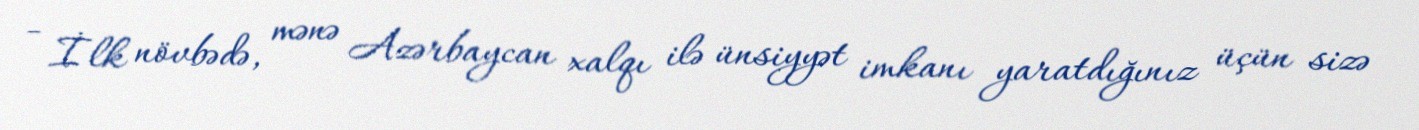
- İlk növbədə, mənə Azərbaycan xalqı ilə ünsiyyət imkanı yaratdığınız üçün sizə